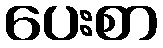
ပေးစာ